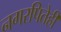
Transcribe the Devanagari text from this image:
नगरपितेही